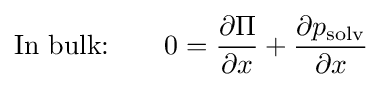
{\text{In bulk:}}~~~~~~0={\frac {\partial \Pi }{\partial x}}+{\frac {\partial p_{\text{solv}}}{\partial x}}